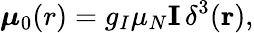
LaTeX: \boldsymbol\mu_{0}(r)=g_{I}\mu_{N}\mathbf{I}\, \delta^{3}(\mathbf{r}),